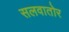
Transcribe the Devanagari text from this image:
सलवातोर